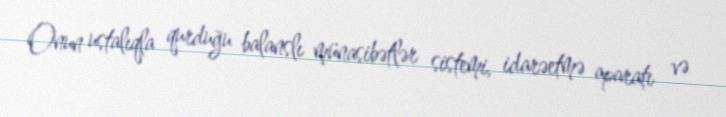
Onun ustalıqla qurduğu balanslı münasibətlər sistemi, idarəetmə aparatı və